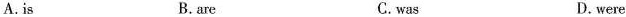
A. is B.are C.was D. were